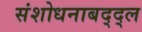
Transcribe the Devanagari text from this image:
संशोधनाबद्द्ल